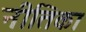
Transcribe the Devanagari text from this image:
नीतिका